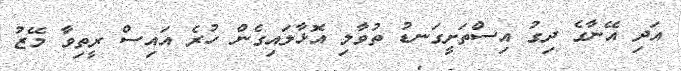
އަދި އޭނާގެ ދިގު އިސްތަށީގަނޑު ތުވާލި އޮޅާލައިގެން ހުރެ އައިސް ރީތިވާ މޭޒު